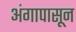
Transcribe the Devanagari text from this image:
अंगापासून